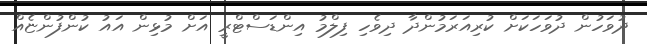
ދުވަހުން ދުވަހަކަށް ކުރިއަރަމުންދާ ދިވެހި ފިލްމު އިންޑަސްޓްރީ އަށް މުޅިން އައު ކުންފުންޏެއް